Report on horse surra - Volume II, Part I
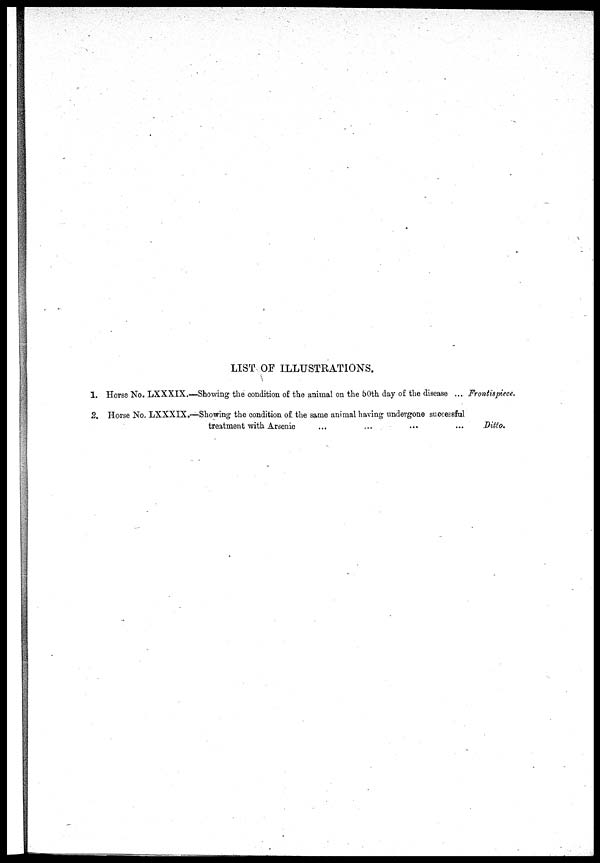
LIST OF ILLUSTRATIONS.
1. Horse No. LXXXIX.—Showing the condition of the animal on the 50th day of the disease ... Frontispiece.
2. Horse No. LXXXIX.—Showing the condition of. the same animal having undergone successful
treatment with Arsenic
...
...
...
...
Ditto.